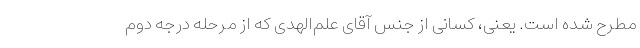
مطرح شده است. یعنی، کسانی از جنس آقای علم‌الهدی که از مرحله درجه دوم